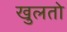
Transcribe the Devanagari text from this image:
खुलतो